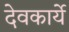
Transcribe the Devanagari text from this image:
देवकार्ये